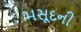
મસૂદની